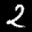
Label: 2